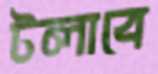
টলাবে